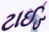
ટાઈડ